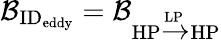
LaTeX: \mathcal{B}_{\textrm{ID}_{\textrm{eddy}}}=\mathcal{B}_{\textrm{HP}\xrightarrow{\textrm{LP}}\textrm{HP}}